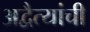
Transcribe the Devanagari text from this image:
अद्वैत्यांची